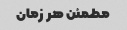
مطمئن هر زمان